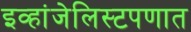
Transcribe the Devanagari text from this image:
इव्हांजेलिस्टपणात